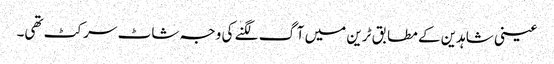
عینی شاہدین کے مطابق ٹرین میں آگ لگنے کی وجہ شاٹ سرکٹ تھی۔